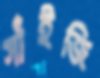
সাঁইজি